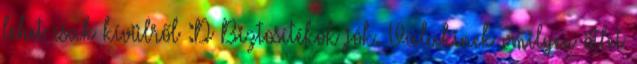
lehet csak kívülről :D Biztosítékok jók. Valakinek vmilyen ötlet